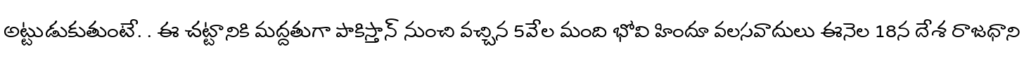
అట్టుడుకుతుంటే. . ఈ చట్టానికి మద్దతుగా పాకిస్తాన్ నుంచి వచ్చిన 5వేల మంది భోవి హిందూ వలసవాదులు ఈనెల 18న దేశ రాజధాని